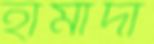
হামাদা